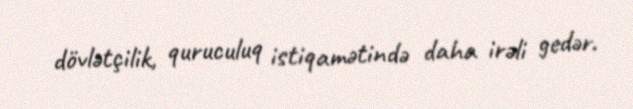
dövlətçilik, quruculuq istiqamətində daha irəli gedər.